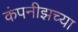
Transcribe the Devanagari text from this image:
कंपनीझच्या